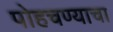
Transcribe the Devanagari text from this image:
पोहचण्याचा